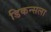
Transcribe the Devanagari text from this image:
डिकन्सला